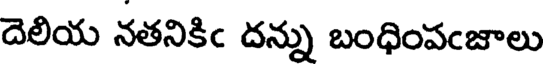
దెలియ నతనికిం దన్ను బంధింపంజాలు